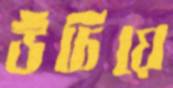
উঁচিয়ে